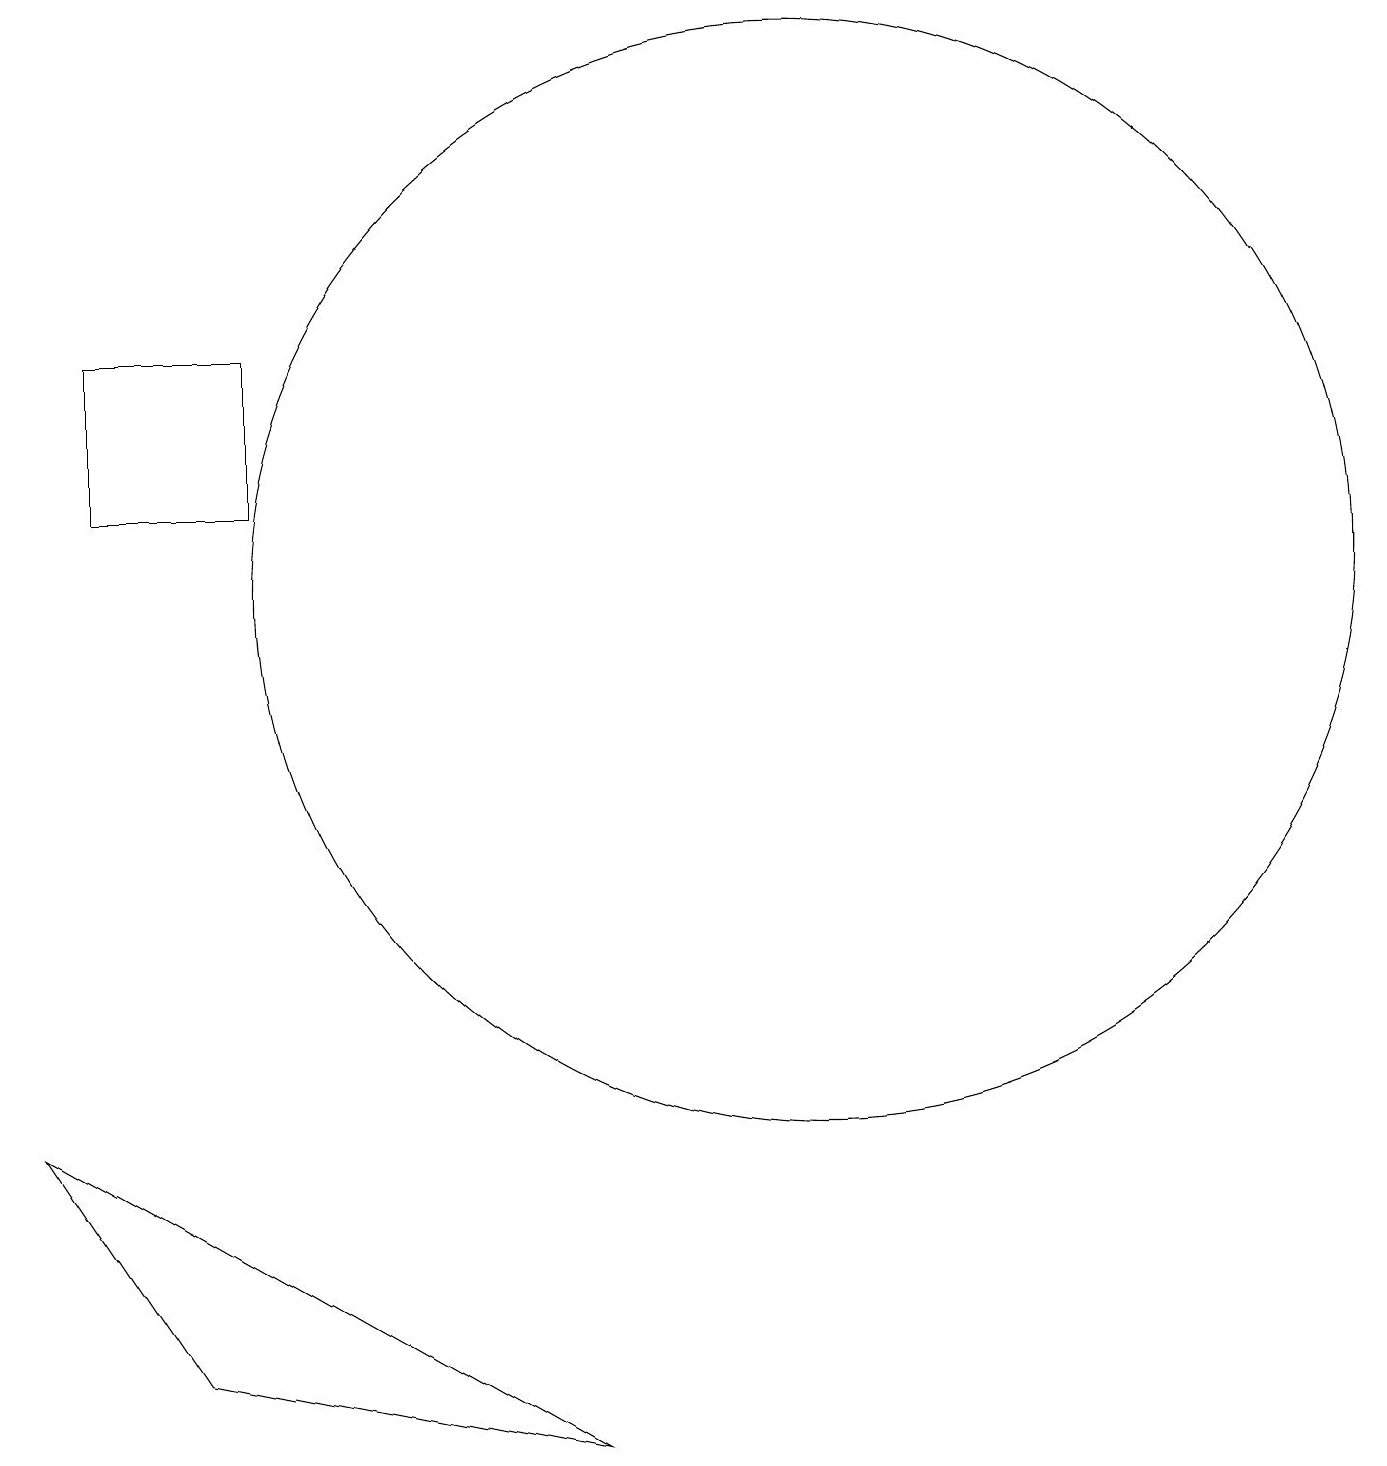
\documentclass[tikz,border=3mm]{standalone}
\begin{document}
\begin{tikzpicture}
\draw (1,15) rectangle (3,13);
\draw (10,12) circle (7);
\draw (2,2) -- (7,1) -- (0,5) -- cycle;
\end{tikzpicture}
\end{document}